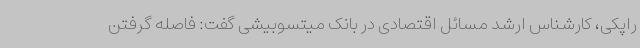
راپکی، کارشناس ارشد مسائل اقتصادی در بانک میتسوبیشی گفت: فاصله گرفتن